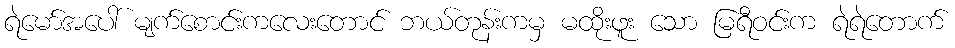
ရဲမော်အပေါ် မျက်စောင်းကလေးတောင် ဘယ်တုန်းကမှ မထိုးဖူး သော မြရီဝင်းက ရဲရဲတောက်